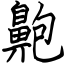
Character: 䶌